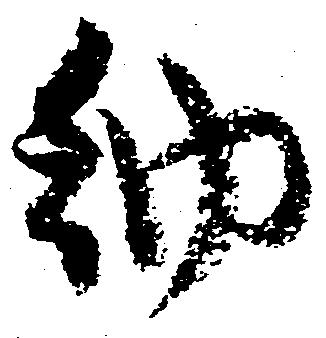
納